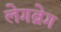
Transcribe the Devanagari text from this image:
लेगब्रेग